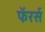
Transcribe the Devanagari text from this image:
फॅरर्स